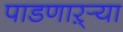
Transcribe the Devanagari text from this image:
पाडणाऱ्र्‍या